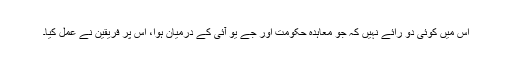
اس میں کوئی دو رائے نہیں کہ جو معاہدہ حکومت اور جے یو آئی کے درمیان ہوا، اس پر فریقین نے عمل کیا۔